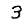
Digit: 3